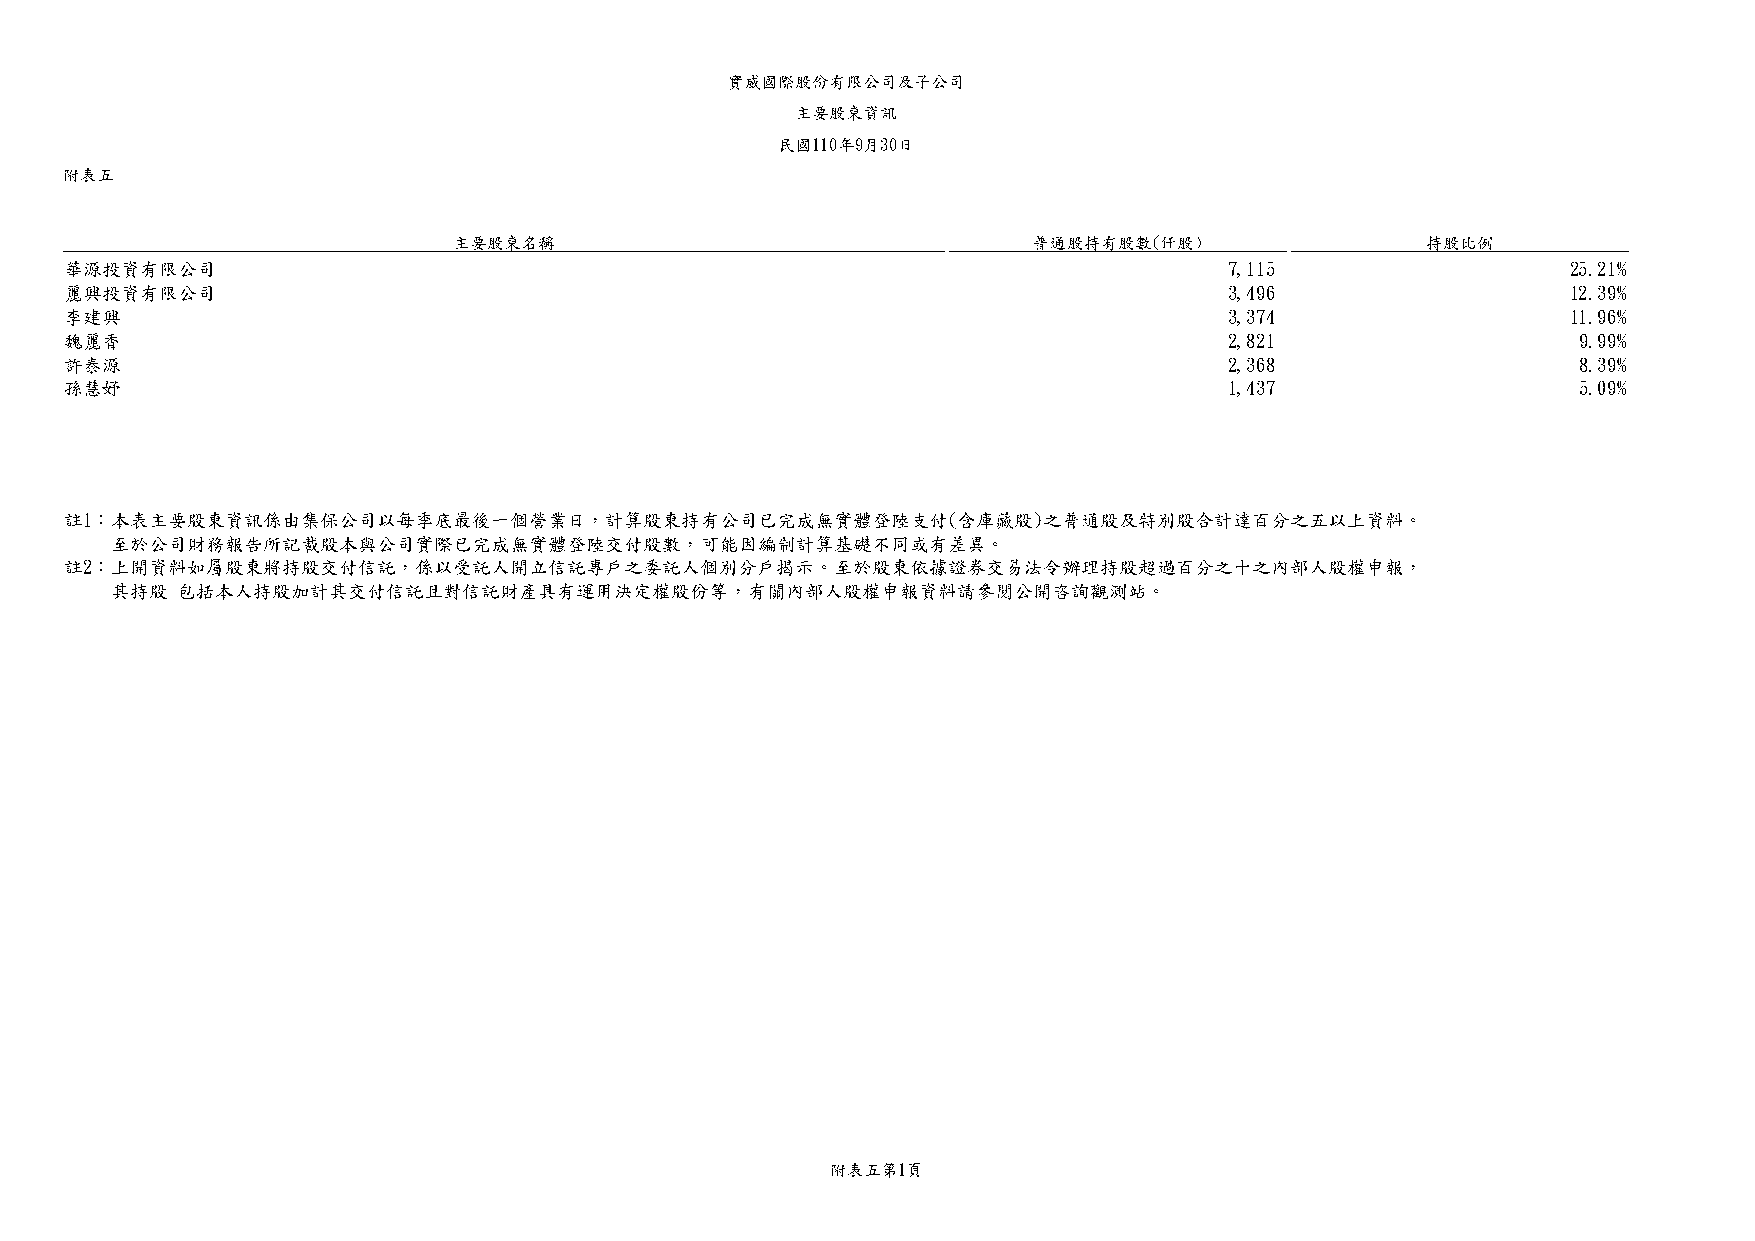
實威國際股份有限公司及子公司
 主要股東資訊
 民國110年9月30日
 附表五
 主要股東名稱                                普通股持有股數(仟股)               持股比例
 華源投資有限公司                                                                     7,115                  25.21%
 麗興投資有限公司                                                                     3,496                  12.39%
 李建興                                                                          3,374                  11.96%
 魏麗香                                                                          2,821                  9.99%
 許泰源                                                                          2,368                  8.39%
 孫慧妤                                                                          1,437                  5.09%
 註1：本表主要股東資訊係由集保公司以每季底最後一個營業日，計算股東持有公司已完成無實體登陸支付(含庫藏股)之普通股及特別股合計達百分之五以上資料。
 至於公司財務報告所記載股本與公司實際已完成無實體登陸交付股數，可能因編制計算基礎不同或有差異。
 註2：上開資料如屬股東將持股交付信託，係以受託人開立信託專戶之委託人個別分戶揭示。至於股東依據證券交易法令辦理持股超過百分之十之內部人股權申報，
 其持股  包括本人持股加計其交付信託且對信託財產具有運用決定權股份等，有關內部人股權申報資料請參閱公開咨詢觀測站。
 附表五第1頁